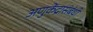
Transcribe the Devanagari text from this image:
अणुकेंद्रासंबंधी